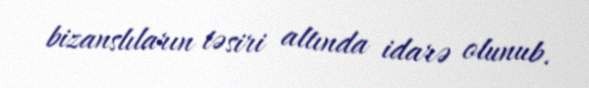
bizanslıların təsiri altında idarə olunub.